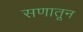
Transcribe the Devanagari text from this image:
सणातून